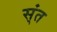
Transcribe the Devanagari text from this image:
स्ंत